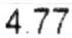
4.77